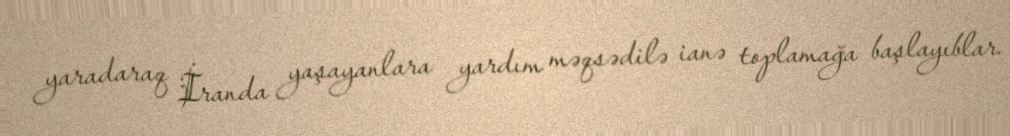
yaradaraq İranda yaşayanlara yardım məqsədilə ianə toplamağa başlayıblar.